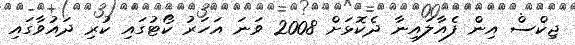
ޖިކްސް އިން ފެއާލައިނާ ދެކޮޅަށް 2008 ވަނަ އަހަރު ކޯޓުގައި ކުރި ދައުވާގައި